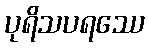
ပုရိသပရဿေ